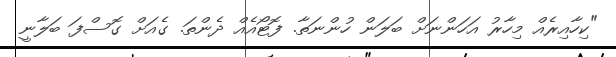
"ކިހާއިރެއް މިހާރު އަހަންނަށް ބަލަން ހުންނަތާ. ފޮޓޯއެއް ދެންތަ. ގެއަށް ގޮސްފަ ބަލާނީ